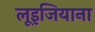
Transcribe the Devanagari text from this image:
लूइजियाना